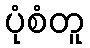
ပုံစံတူ